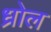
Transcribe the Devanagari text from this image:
ध्रोल